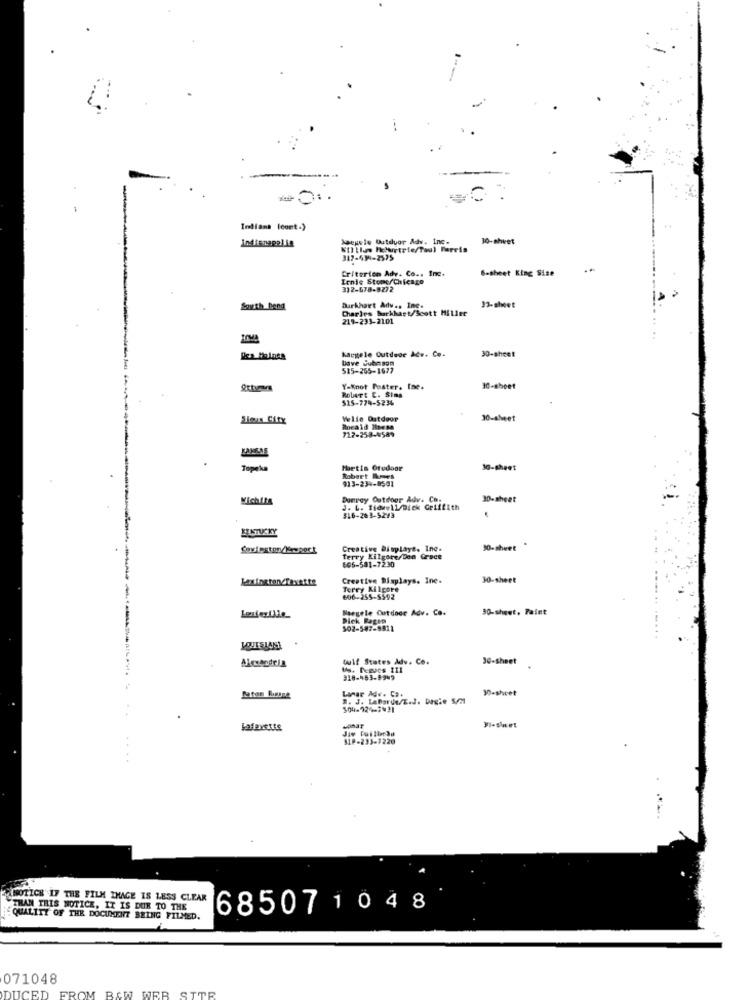
Indiana (cont.)
indianapolis
Asepele Outdoor Adv. Inc.
30-sheet
317-431-2575
Criterion Ady. Co ., Inc.
6-sheet King Size
Ernie Stome/Chicago
312-678-5272
South bend
Burkhart Adv.s Inc.
Charles Buckkast/Se
33-sheet
219-233-2101
IOMA
Macgele Outdoor Ade. Co.
30-sheet
Dave Cubasom
515-255-1677
Robert E. Sims
Y-Knot Poster. Ine.
10-sboet
515-779-5236
Welle Outdoor
30-sheet
712-258-4589
Roraid isesa
Topeka
Metin Otudoor
30-sheet
Robert Kmes
913-234-8501
Michthe
Donrey Outdoor Adv. Co.
30- sheet
J. L. Tidwell/Dick Griffith
$16-203-5243
KENTUCKY
Creative Displays. Inc.
30-sheet
506-581-7230
terry Kilgore Den Grace
Creative Displays. Ine-
30-sheet
Terry Kilgore
606-255-5592
Naegele Cutdoce Adv. Co.
30-sheet, Paint
Dick Ragen
502-5#7-9811
wulf States Adv. Co.
30-sheet
Lamar Adv. Co.
30-sheet
n. J. Laborun/E.l. bagle S/M
...
$04-924-3931
VI-sheet
Jiw CuillerSu
....
MOTICH IF THE FILM THAGE IS LESS CLEAR
THAN THIS NOTICE, IT IS DUE TO THE
685071048
QUALITY OF THE DOCUMENT BEING FILMED.
071048
FROM BAW WER
STTE
UCED